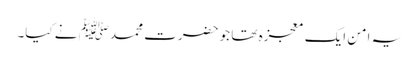
یہ امن ایک معجزہ تھا جو حضرت محمدﷺ نے کیا۔